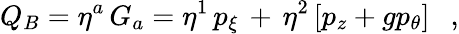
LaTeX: Q_{B}=\eta^{a}\, G_{a}=\eta^{1}\, p_{\xi}\, +\, \eta^{2}\left[p_{z}+gp_{\theta}\right]\ \ \ ,